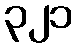
၃၂၁